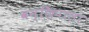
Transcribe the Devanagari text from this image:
वन्छिपाला